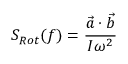
S _ { R o t } ( f ) = \frac { \vec { a } \cdot \vec { b } } { I \omega ^ { 2 } }